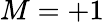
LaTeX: M=+1